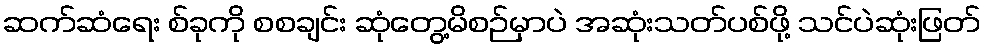
ဆက်ဆံရေး စ်ခုကို စစချင်း ဆုံတွေ့မိစဉ်မှာပဲ အဆုံးသတ်ပစ်ဖို့ သင်ပဲဆုံးဖြတ်